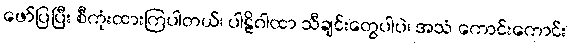
ဖော်ပြပြီး စီကုံးထားကြပါတယ်၊ ပါဠိဂါထာ သီချင်းတွေပါပဲ၊ အသံ ကောင်းကောင်း